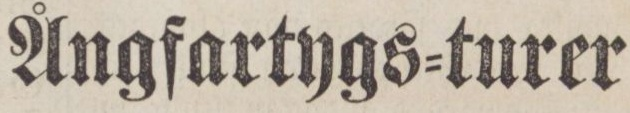
Ångfartygs=turer